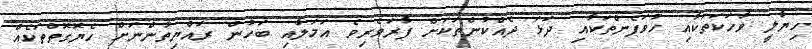
ހިޔާލީ ވާހަކަތަކާއި ހުވަފެންތަކާއި ދަޅަ ދެއްކުންތަކަށް ފާރަވެރިވެ އަމަލާއި ބަހުން ރައްޔިތުންނަށް ހެޔޮގޮތްތަކެއް